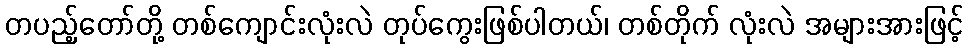
တပည့်တော်တို့ တစ်ကျောင်းလုံးလဲ တုပ်ကွေးဖြစ်ပါတယ်၊ တစ်တိုက် လုံးလဲ အများအားဖြင့်